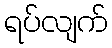
ရပ်လျက်